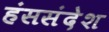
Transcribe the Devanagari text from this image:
हंससंदेश